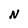
Character: N